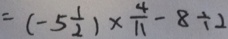
= ( - 5 \frac { 1 } { 2 } ) \times \frac { 4 } { 1 1 } - 8 \div 2